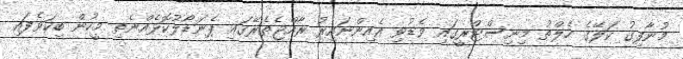
މުނާފިގު ކަލޭގެ ހެލްތު މިނިސްޓްރީގައި ވެޑުވި އެއިންނައިރު ރާއްޖެތެރޭގައި ޕެނަޑޯލުކޮޅެއްނެތި މީހުން ބިކަވެފައި